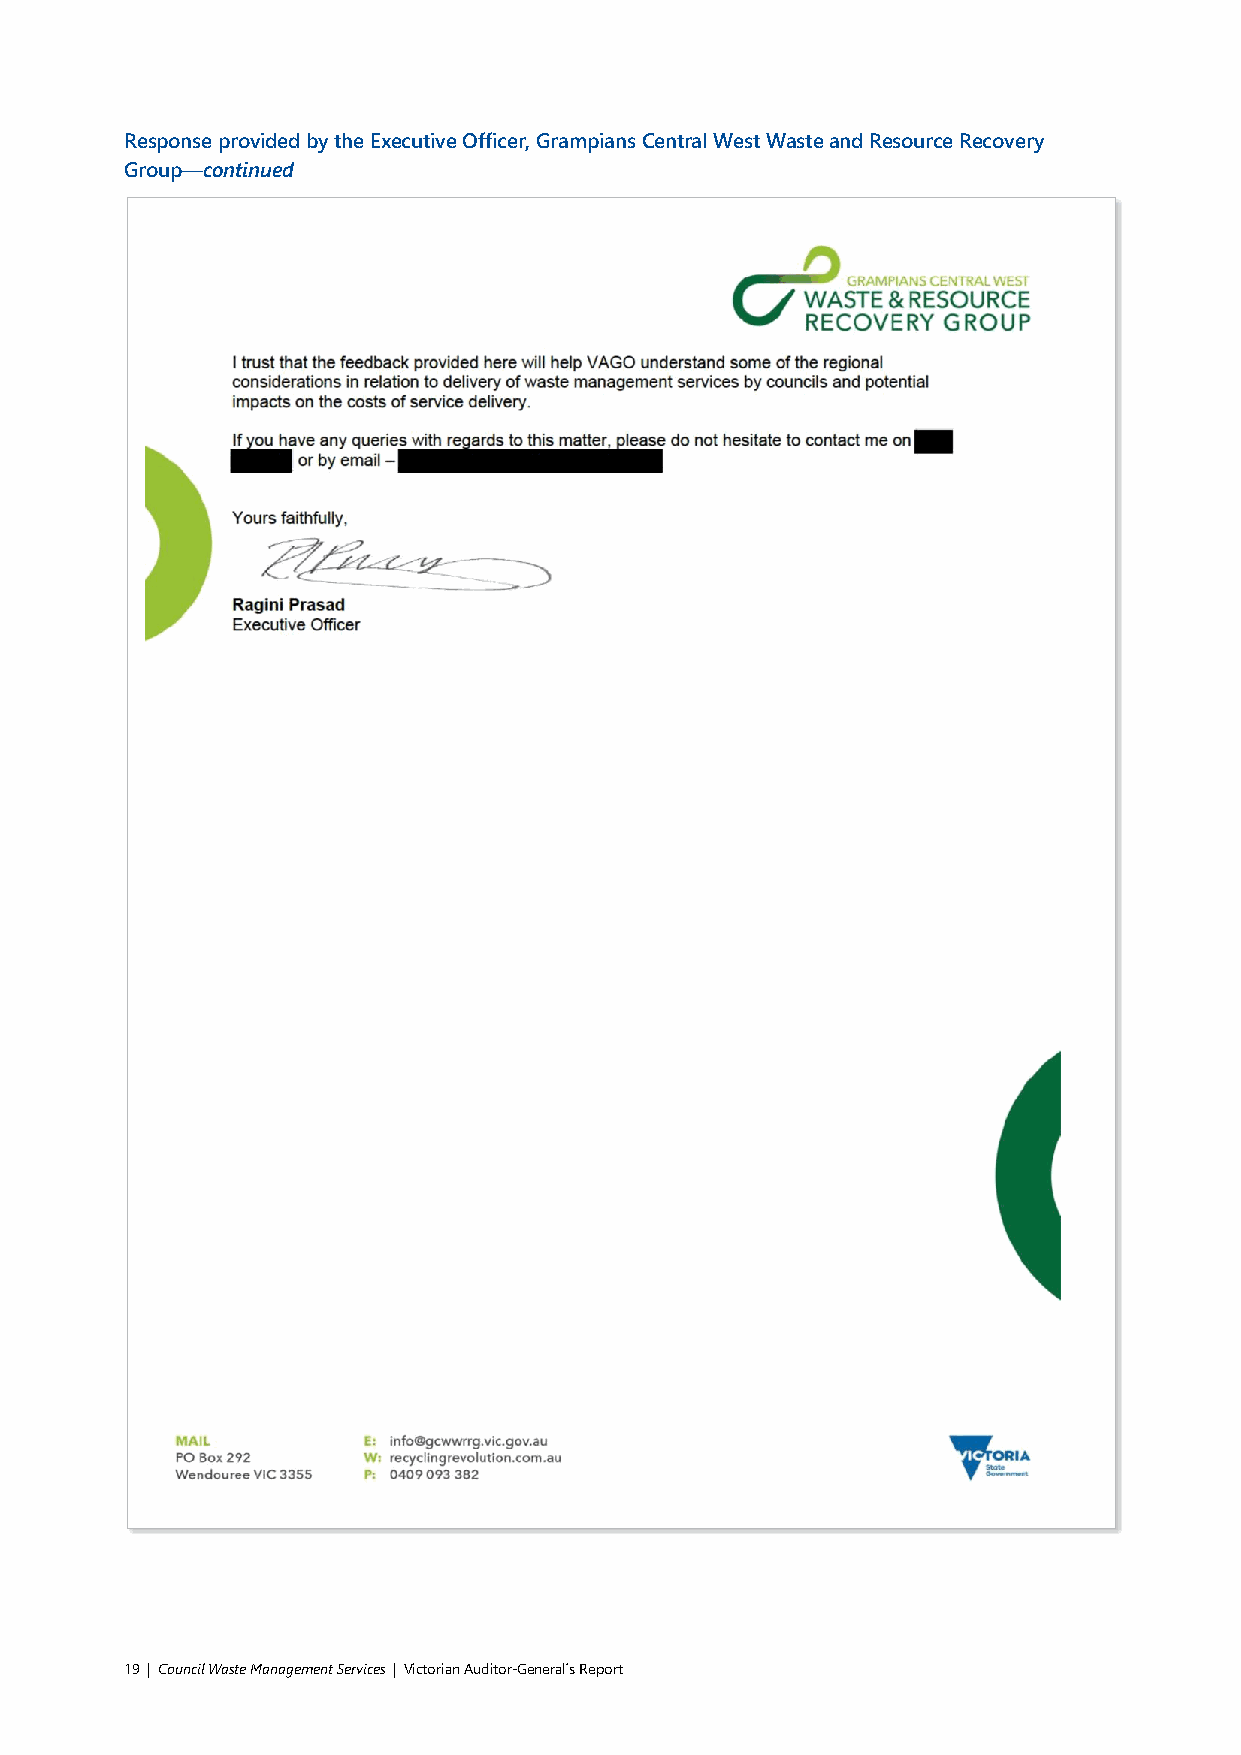
Response provided by the Executive Officer, Grampians Central West Waste and Resource Recovery
 Group—continued
 19 | Council Waste Management Services | Victorian Auditor-General´s Report